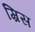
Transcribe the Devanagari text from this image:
म्रिस